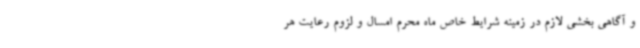
و آگاهی بخشی لازم در زمینه شرایط خاص ماه محرم امسال و لزوم رعایت هر